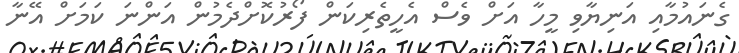
ގެނައުމާއި އަނިޔާވި މީހާ އަށް ވެސް އެހީތެރިކަން ފޯރުކޮށްދެމުން އަންނަ ކަމަށް އޭނާ